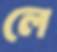
লে